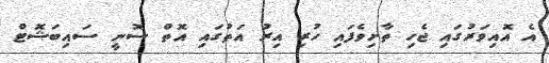
އެ އޮއިވަރުގައި ޖެހި ތާށިވެފައި ހުރި އިރު އަތުގައި އޮތް ސޮނީ ސައިބަޝޮޓް